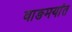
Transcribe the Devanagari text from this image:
वाङमयांत